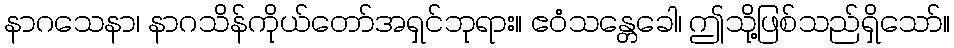
နာဂသေနာ၊ နာဂသိန်ကိုယ်တော်အရှင်ဘုရား။ ဧဝံသန္တေခေါ၊ ဤသို့ဖြစ်သည်ရှိသော်။